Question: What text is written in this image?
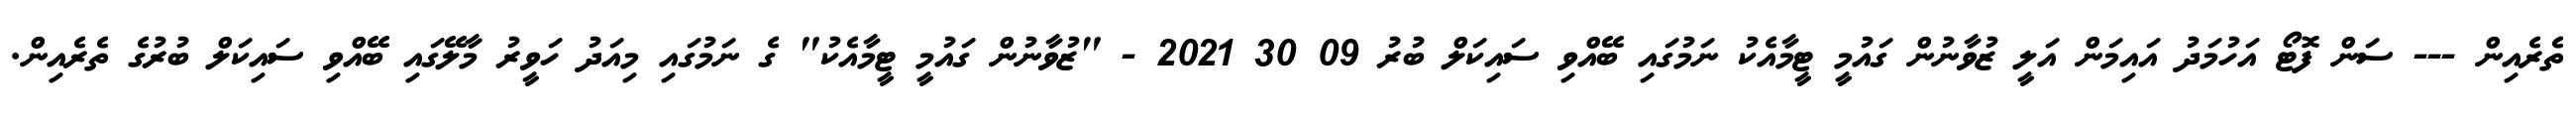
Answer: ތެރެއިން --- ސަން ފޮޓޯ އަހުމަދު އައިމަން އަލީ ޒުވާނުން ގައުމީ ޓީމާއެކު ނަމުގައި ބޭއްވި ސައިކަލް ބުރު 09 30 2021 - "ޒުވާނުން ގައުމީ ޓީމާއެކު" ގެ ނަމުގައި މިއަދު ހަވީރު މާލޭގައި ބޭއްވި ސައިކަލް ބުރުގެ ތެރެއިން.